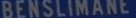
BENSILMANE